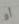
أو